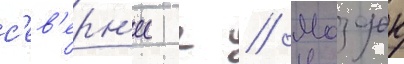
с'ев'ерн'ее г // Моздок